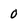
Character: 0